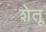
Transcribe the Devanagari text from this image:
शेतू